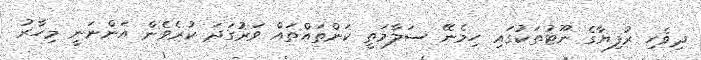
ދިވެހި ރުފިޔާގެ ނޫޓުތަކުގައި ހިމެނޭ ސަލާމަތީ ކަންތައްތައް ވަރުގަދަ ކުރެވެން އަންނަނީ މިހާރު